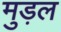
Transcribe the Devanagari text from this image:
मुड़ल